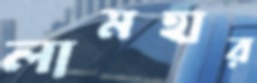
লামহার